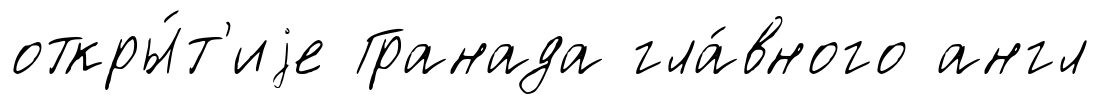
откры́т'иjе Гранада гла́вного англ